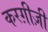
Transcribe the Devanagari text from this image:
करग़ीज़ी